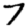
Digit: 7